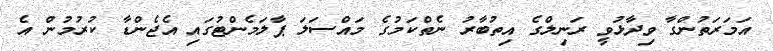
އަމަރަތުންގާ ވިދާޅުވީ ރަނިލްގެ އިތުބާރު ނެތްކަމުގެ މައްސަލަ ޕާލަމެންޓުގައި އެޖެންޑާ ކުރުމުން އެ